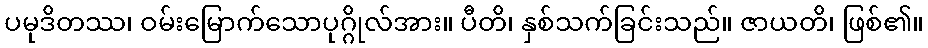
ပမုဒိတဿ၊ ဝမ်းမြောက်သောပုဂ္ဂိုလ်အား။ ပီတိ၊ နှစ်သက်ခြင်းသည်။ ဇာယတိ၊ ဖြစ်၏။